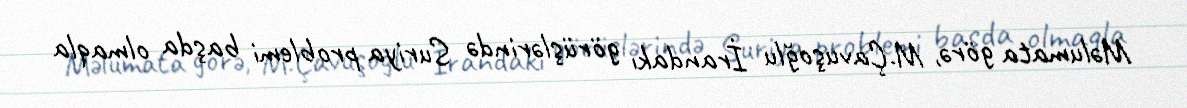
Məlumata görə, M.Çavuşoğlu İrandakı görüşlərində Suriya problemi başda olmaqla